Report of the Indian Hemp Drugs Commission, 1894-1895 - Volume V
Year: 1894
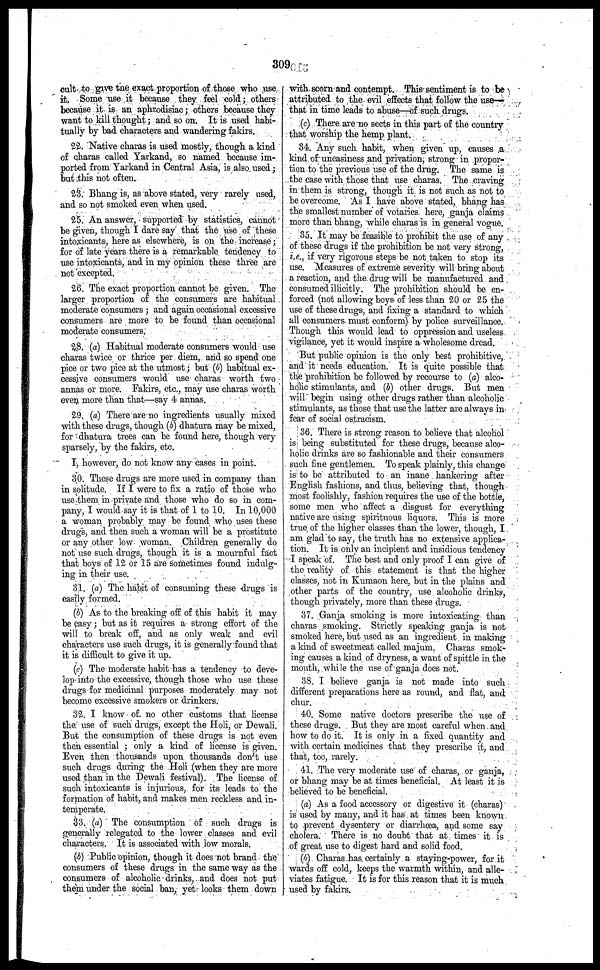
309
cult to give the exact proportion of those who use
it. Some use it because they feel cold; others
because it is an aphrodisiac; others because they
want to kill thought; and so on. It is used habi-
tually by bad characters and wandering fakirs.
22. Native charas is used mostly, though a kind
of charas called Yarkand, so named because im-
ported from Yarkand in Central Asia, is also used;
but this not often.
23. Bhang is, as above stated, very rarely used,
and so not smoked even when used.
25. An answer, supported by statistics, cannot
be given, though I dare say that the use of these
intoxicants, here as elsewhere, is on the increase;
for of late years there is a remarkable tendency to
use intoxicants, and in my opinion these three are
not excepted.
26. The exact proportion cannot be given. The
larger proportion of the consumers are habitual
moderate consumers; and again occasional excessive
consumers are more to be found than occasional
moderate consumers.
28. (a) Habitual moderate consumers would use
charas twice or thrice per diem, and so spend one
pice or two pice at the utmost; but (b) habitual ex-
cessive consumers would use charas worth two
annas or more. Fakirs, etc., may use charas worth
even more than that—say 4 annas.
29. (a) There are no ingredients usually mixed
with these drugs, though (b) dhatura may be mixed,
for dhatura trees can be found here, though very
sparsely, by the fakirs, etc.
I, however, do not know any cases in point.
30. These drugs are more used in company than
in solitude. If I were to fix a ratio of those who
use them in private and those who do so in com-
pany, I would say it is that of 1 to 10. In 10,000
a woman probably may be found who uses these
drugs, and then such a woman will be a prostitute
or any other low woman Children generally do
not use such drugs, though it is a mournful fact
that boys of 12 or 15 are sometimes found indulg-
ing in their use.
31. (a) The habit of consuming these drugs is
easily formed.
(b) As to the breaking off of this habit it may
be easy; but as it requires a strong effort of the
will to break off, and as only weak and evil
characters use such drugs, it is generally found that
it is difficult to give it up.
(c) The moderate habit has a tendency to deve-
lop into the excessive, though those who use these
drugs for medicinal purposes moderately may not
become excessive smokers or drinkers.
32. I know of. no other customs that license
the use of such drugs, except the Holi, or Dewali.
But the consumption of these drugs is not even
then essential; only a kind of license is given.
Even then thousands upon thousands don't use
such drugs during the Holi (when they are more
used than in the Dewali festival). The license of
such intoxicants is injurious, for its leads to the
formation of habit, and makes men reckless and in-
temperate.
33. (a) The consumption of such drugs is
generally relegated to the lower classes and evil
characters. It is associated with low morals.
(b) Public opinion, though it does not brand the
consumers of these drugs in the same way as the
consumers of alcoholic drinks, and does not put
them under the social ban, yet looks them down
with scorn and contempt. This sentiment is to be
attributed to the evil effects that follow the use-
that in time leads to abuse—of such drugs.
(c) There are no sects in this part of the country
that worship the hemp plant.
34. Any such habit, when given up, causes a
kind of uneasiness and privation, strong in propor-
tion to the previous use of the drug. The same is
the case with those that use charas. The craving
in them is strong, though it is not such as not to
be overcome. As I have above stated, bhang has
the smallest number of votaries here, ganja claims
more than bhang, while charas is in general vogue.
35. It may be feasible to prohibit the use of any
of these drugs if the prohibition be not very strong,
i.e., if very rigorous steps be not taken to stop its
use. Measures of extreme severity will bring about
a reaction, and the. drug will be manufactured and
consumed illicitly. The prohibition should be en-
forced (not allowing boys of less than 20 or 25 the
use of these drugs, and fixing a standard to which
all consumers must conform) by police surveillance.
Though this would lead to oppression and useless
vigilance, yet it would inspire a wholesome dread.
But public opinion is the only best prohibitive,
and it needs education. It is quite possible that
the prohibition be followed by recourse to (a) alco-
holic stimulants, and (b) other drugs. But men
will begin using other drugs rather than alcoholic
stimulants, as those that use the latter are always in
fear of social ostracism.
36. There is strong reason to believe that alcohol
is being substituted for these drugs, because alco-
holic drinks are so fashionable and their consumers
such fine gentlemen. To speak plainly, this change
is to be attributed to an inane hankering after
English fashions, and thus, believing that, though
most foolishly, fashion requires the use of the bottle,
some men who affect a disgust for everything
native are using spirituous liquors. This is more
true of the higher classes than the lower, though, I
am glad to say, the truth has no extensive applica-
tion. It is only an incipient and insidious tendency
I speak of. The best and only proof I can give of
the reality of this statement is that the higher
classes, not in Kumaon here, but in the plains and
other parts of the country, use alcoholic drinks,
though privately, more than these drugs.
37. Ganja smoking is more intoxicating than
charas smoking. Strictly speaking ganja is not
smoked here, but used as an ingredient in making
a kind of sweetmeat called majum. Charas smok-
ing causes a kind of dryness, a want of spittle in the
mouth, while the use of ganja docs not.
3S. I believe ganja is not made into such
different preparations here as round, and flat, and
chur.
40. Some native doctors prescribe the use of
these drugs. But they are most careful when and
how to do it. It is only in a fixed quantity and
with certain medicines that they prescribe it, and
that, too, rarely.
41. The very moderate use of charas, or ganja,
or bhang may be at times beneficial. At least it is
believed to be beneficial.
(a) As a food accessory or digestive it (charas)
is used by many, and it has at times been known
to prevent dysentery or diarrhœa, and some say
cholera. There is no doubt that at times it is
of great use to digest hard and solid food.
(b)
Charas has certainly a staying-power, for it
wards off cold, keeps the warmth within, and alle-
viates fatigue. It is for this reason that it is much
used by fakirs.